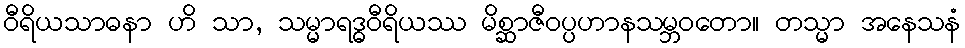
ဝီရိယသာဓနာ ဟိ သာ, သမ္မာရဒ္ဓဝီရိယဿ မိစ္ဆာဇီဝပ္ပဟာနသမ္ဘဝတော။ တသ္မာ အနေသနံ